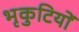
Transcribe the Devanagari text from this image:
भृकुटियों